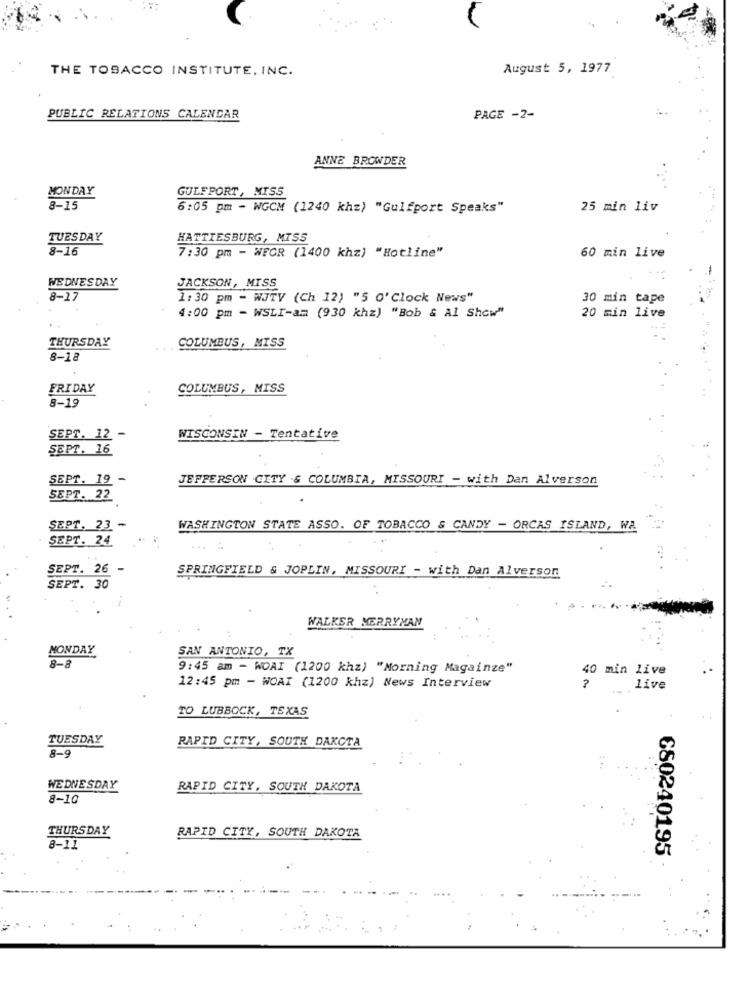
THE TOBACCO INSTITUTE, INC.
August 5, 1977
PUBLIC RELATIONS CALENDAR
PAGE -2-
ANNE BROWDER
MONDAY
GULFPORT, MISS
8-15
6:05 pm - WGCM (1240 khz) "Gulfport Speaks"
25 min liv
TUESDAY
HATTIESBURG, MISS
8-16
7:30 pm - WEGR (1400 khz) "Hotline"
60 min live
WEDNESDAY
JACKSON, MISS
8-17
1: 30 pm - WJTV (Ch 12) "5 0' Clock News"
30 min tape
4:00 pm - WSLI-am (930 khz) "Bob & Al Show"
20 min live
THURSDAY
COLUMBUS, MISS
8-18
FRIDAY
COLUMBUS, MISS
8-19
SEPT. 12 -
WISCONSIN - Tentative
SEPT. 16
SEPT. 19 -
JEFFERSON CITY .& COLUMBIA, MISSOURI - with Dan Alverson
SEPT. 22
SEPT. 23 -
WASHINGTON STATE ASSO. OF TOBACCO & CANDY - ORCAS ISLAND, WA
SEPT. 24
SEPT. 26 -
SPRINGFIELD & JOPLIN, MISSOURI - with Dan Alverson
SEPT. 30
WALKER MERRYMAN
MONDAY
SAN ANTONIO, TX
8-8
9:45 am - WOAI (1200 khz) "Morning Magainze"
40 min live
12:45 pm - WOAI (1200 khz) News Interview
live
TO LUBBOCK, TEXAS
TUESDAY
RAPID CITY, SOUTH DAKOTA
8-9
WEDNESDAY
RAPID CITY, SOUTH DAKOTA
8-10
THURSDAY
RAPID CITY, SOUTH DAKOTA
8-11
680240195